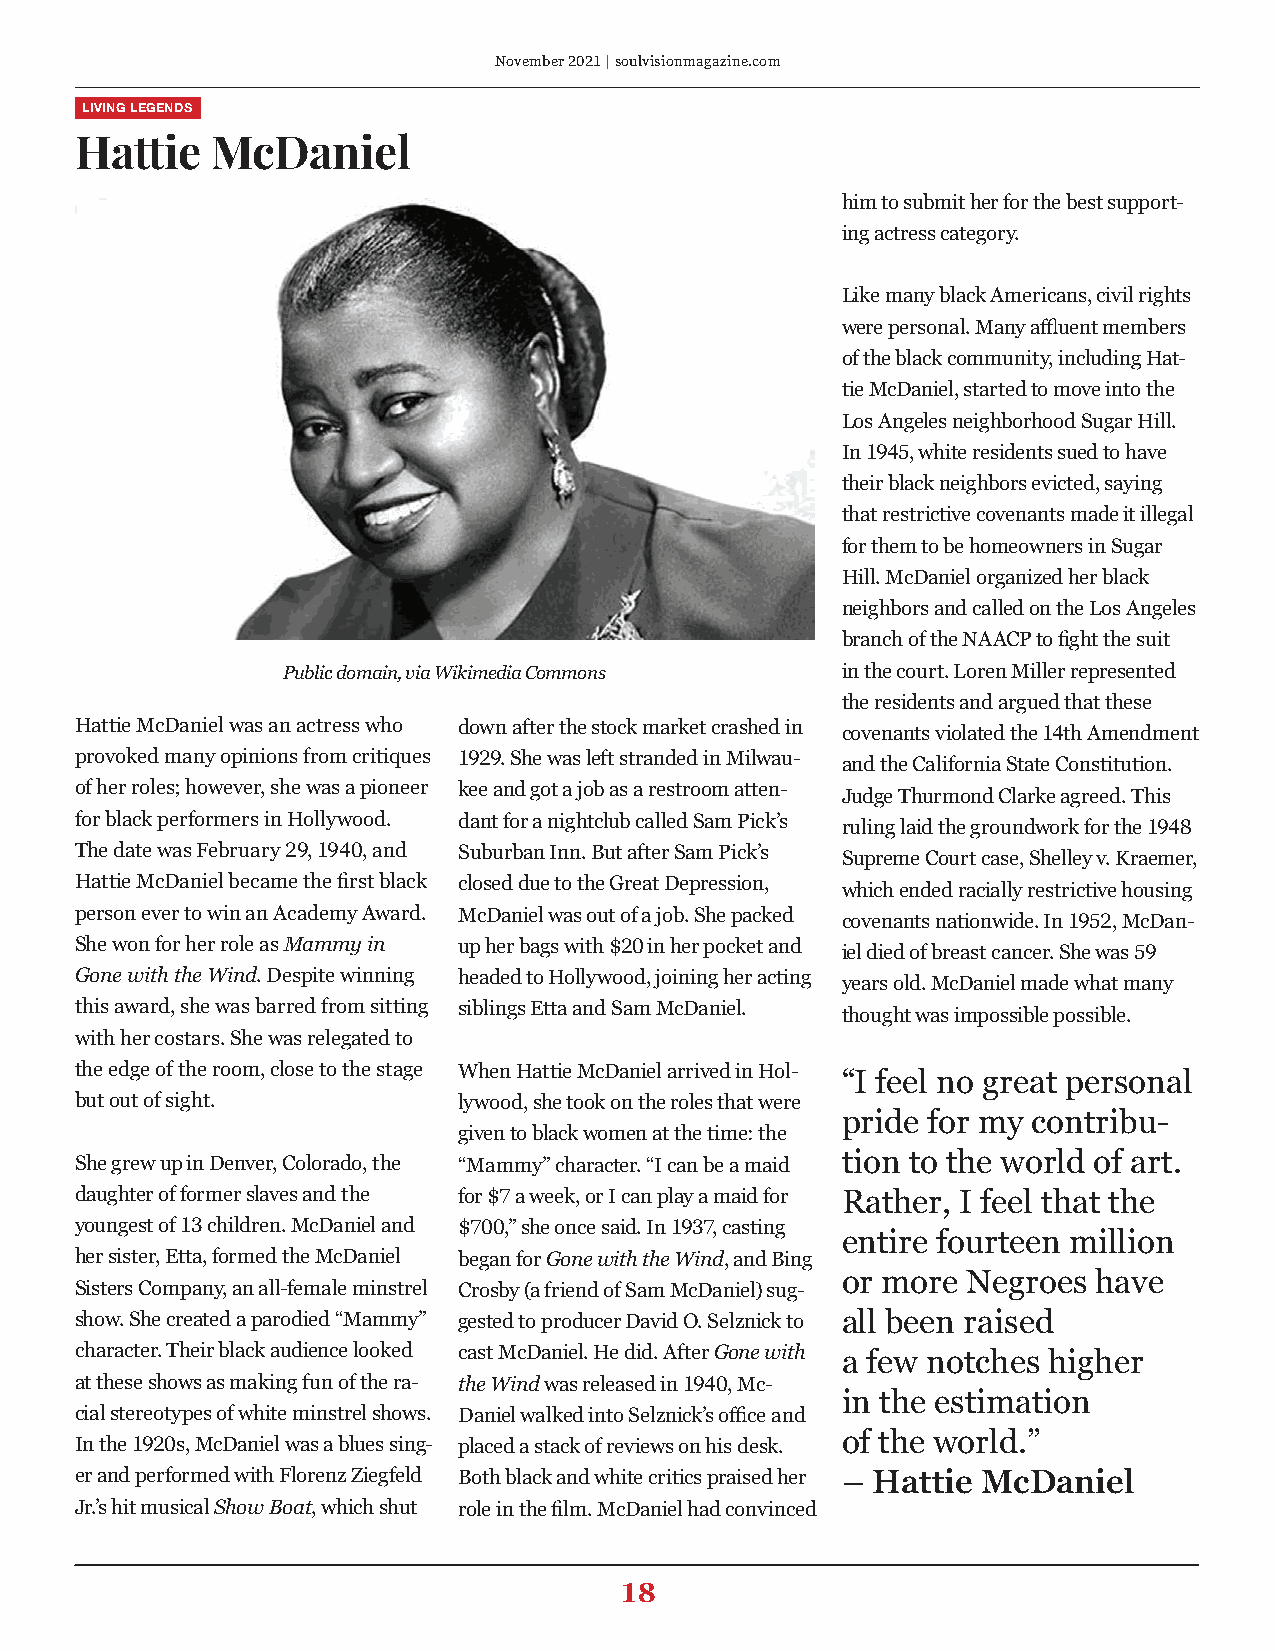
November 2021 | soulvisionmagazine.com
 LIVING LEGENDS
 Hattie   McDaniel
 him to submit her for the best support-
 ing actress category.
 Like many black Americans, civil rights
 were personal. Many affluent members
 of the black community, including Hat-
 tie McDaniel, started to move into the
 Los Angeles neighborhood Sugar Hill.
 In 1945, white residents sued to have
 their black neighbors evicted, saying
 that restrictive covenants made it illegal
 for them to be homeowners in Sugar
 Hill. McDaniel organized her black
 neighbors and called on the Los Angeles
 branch of the NAACP to fight the suit
 Public domain, via Wikimedia Commons in the court. Loren Miller represented
 the residents and argued that these
 Hattie McDaniel was an actress who down after the stock market crashed in covenants violated the 14th Amendment
 provoked many opinions from critiques 1929. She was left stranded in Milwau- and the California State Constitution.
 of her roles; however, she was a pioneer kee and got a job as a restroom atten- Judge Thurmond Clarke agreed. This
 for black performers in Hollywood. dant for a nightclub called Sam Pick’s ruling laid the groundwork for the 1948
 The date was February 29, 1940, and Suburban Inn. But after Sam Pick’s Supreme Court case, Shelley v. Kraemer,
 Hattie McDaniel became the first black closed due to the Great Depression, which ended racially restrictive housing
 person ever to win an Academy Award. McDaniel was out of a job. She packed covenants nationwide. In 1952, McDan-
 She won for her role as Mammy in up her bags with $20 in her pocket and iel died of breast cancer. She was 59
 Gone with the Wind. Despite winning headed to Hollywood, joining her acting years old. McDaniel made what many
 this award, she was barred from sitting siblings Etta and Sam McDaniel. thought was impossible possible.
 with her costars. She was relegated to
 the edge of the room, close to the stage When Hattie McDaniel arrived in Hol-
 “I feel no great personal
 but out of sight.        lywood, she took on the roles that were
 pride for my contribu-
 given to black women at the time: the
 She grew up in Denver, Colorado, the “Mammy” character. “I can be a maid tion to the world of art.
 daughter of former slaves and the for $7 a week, or I can play a maid for Rather, I feel that the
 youngest of 13 children. McDaniel and $700,” she once said. In 1937, casting
 entire fourteen million
 her sister, Etta, formed the McDaniel began for Gone with the Wind, and Bing
 or more Negroes  have
 Sisters Company, an all-female minstrel Crosby (a friend of Sam McDaniel) sug-
 show. She created a parodied “Mammy” gested to producer David O. Selznick to all been raised
 character. Their black audience looked cast McDaniel. He did. After Gone with a few notches higher
 at these shows as making fun of the ra- the Wind was released in 1940, Mc-
 in the estimation
 cial stereotypes of white minstrel shows. Daniel walked into Selznick’s office and
 of the world.”
 In the 1920s, McDaniel was a blues sing- placed a stack of reviews on his desk.
 er and performed with Florenz Ziegfeld Both black and white critics praised her – Hattie McDaniel
 Jr.’s hit musical Show Boat, which shut role in the film. McDaniel had convinced
 18